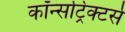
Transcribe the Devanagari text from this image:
कॉन्सट्रिक्टर्स